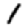
Digit: 1